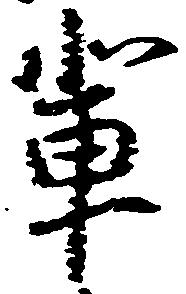
輩